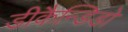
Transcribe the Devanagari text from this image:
डीकैन्डिडो